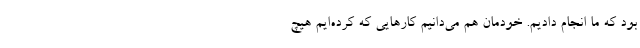
بود که ما انجام دادیم. خودمان هم می‌دانیم کارهایی که کرده‌ایم هیچ